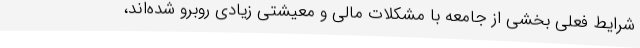
شرایط فعلی بخشی از جامعه با مشکلات مالی و معیشتی زیادی روبرو شده‌اند،